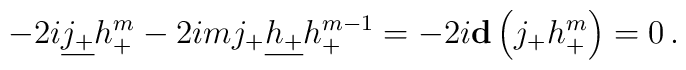
-2i\underline{j_+} h_+^m -  2im j_+\underline{h_+} h_+^{m-1} = -2i{\bf d}\left(j_+ h_+^m\right)=0 \,.